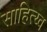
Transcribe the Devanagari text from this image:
साहित्य्व